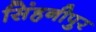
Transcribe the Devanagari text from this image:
सिंहनीपुर